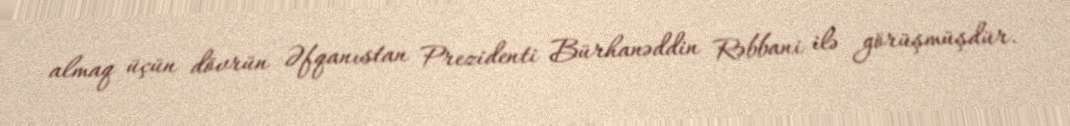
almaq üçün dövrün Əfqanıstan Prezidenti Bürhanəddin Rəbbani ilə görüşmüşdür.